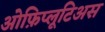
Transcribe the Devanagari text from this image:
ओफ़िप्लूटिअस